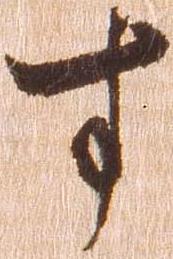
す